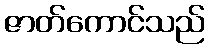
ဇာတ်ကောင်သည်